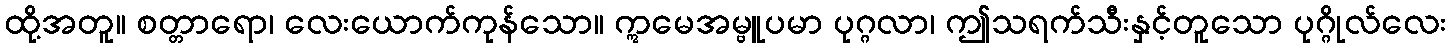
ထို့အတူ။ စတ္တာရော၊ လေးယောက်ကုန်သော။ ဣမေအမ္ဗူပမာ ပုဂ္ဂလာ၊ ဤသရက်သီးနှင့်တူသော ပုဂ္ဂိုလ်လေး